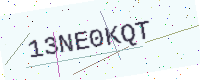
Text: 13NE0KQT